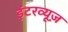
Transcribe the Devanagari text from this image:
इंटरव्यूज़